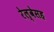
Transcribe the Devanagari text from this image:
रेल्वेसह